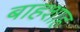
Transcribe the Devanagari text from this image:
बाहशाह